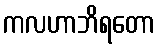
ကလဟာဘိရတော